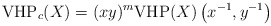
\begin{align*} {\rm VHP}_c(X)=(xy)^m{\rm VHP}(X) \left(x^{-1},y^{-1}\right) \end{align*}